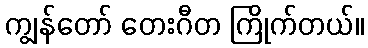
ကျွန်တော် တေးဂီတ ကြိုက်တယ်။